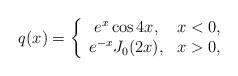
\begin{align*}q(x)=\left\{\begin{array}[c]{cc}e^{x}\cos4x, & x<0,\\e^{-x}J_{0}(2x), & x>0,\end{array}\right. \end{align*}